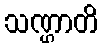
သဏ္ဌာတိ